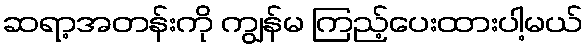
ဆရာ့အတန်းကို ကျွန်မ ကြည့်ပေးထားပါ့မယ်